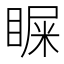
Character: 𪾴